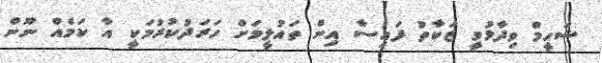
ޝަހީމް ވިދާޅުވީ ޒަކާތު ފައިސާ އިން ތައުލީމަށް ހަރަދުކުރުމަކީ އާ ކަމެއް ނޫން